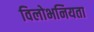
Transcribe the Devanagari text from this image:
विलोभनियता